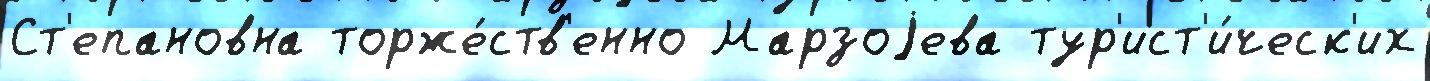
Ст'епановна торже́ств'енно Марзоjева тур'ист'и́ческ'их